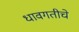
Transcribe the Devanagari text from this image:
धावगतीचे